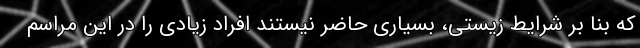
که بنا بر شرایط زیستی، بسیاری حاضر نیستند افراد زیادی را در این مراسم